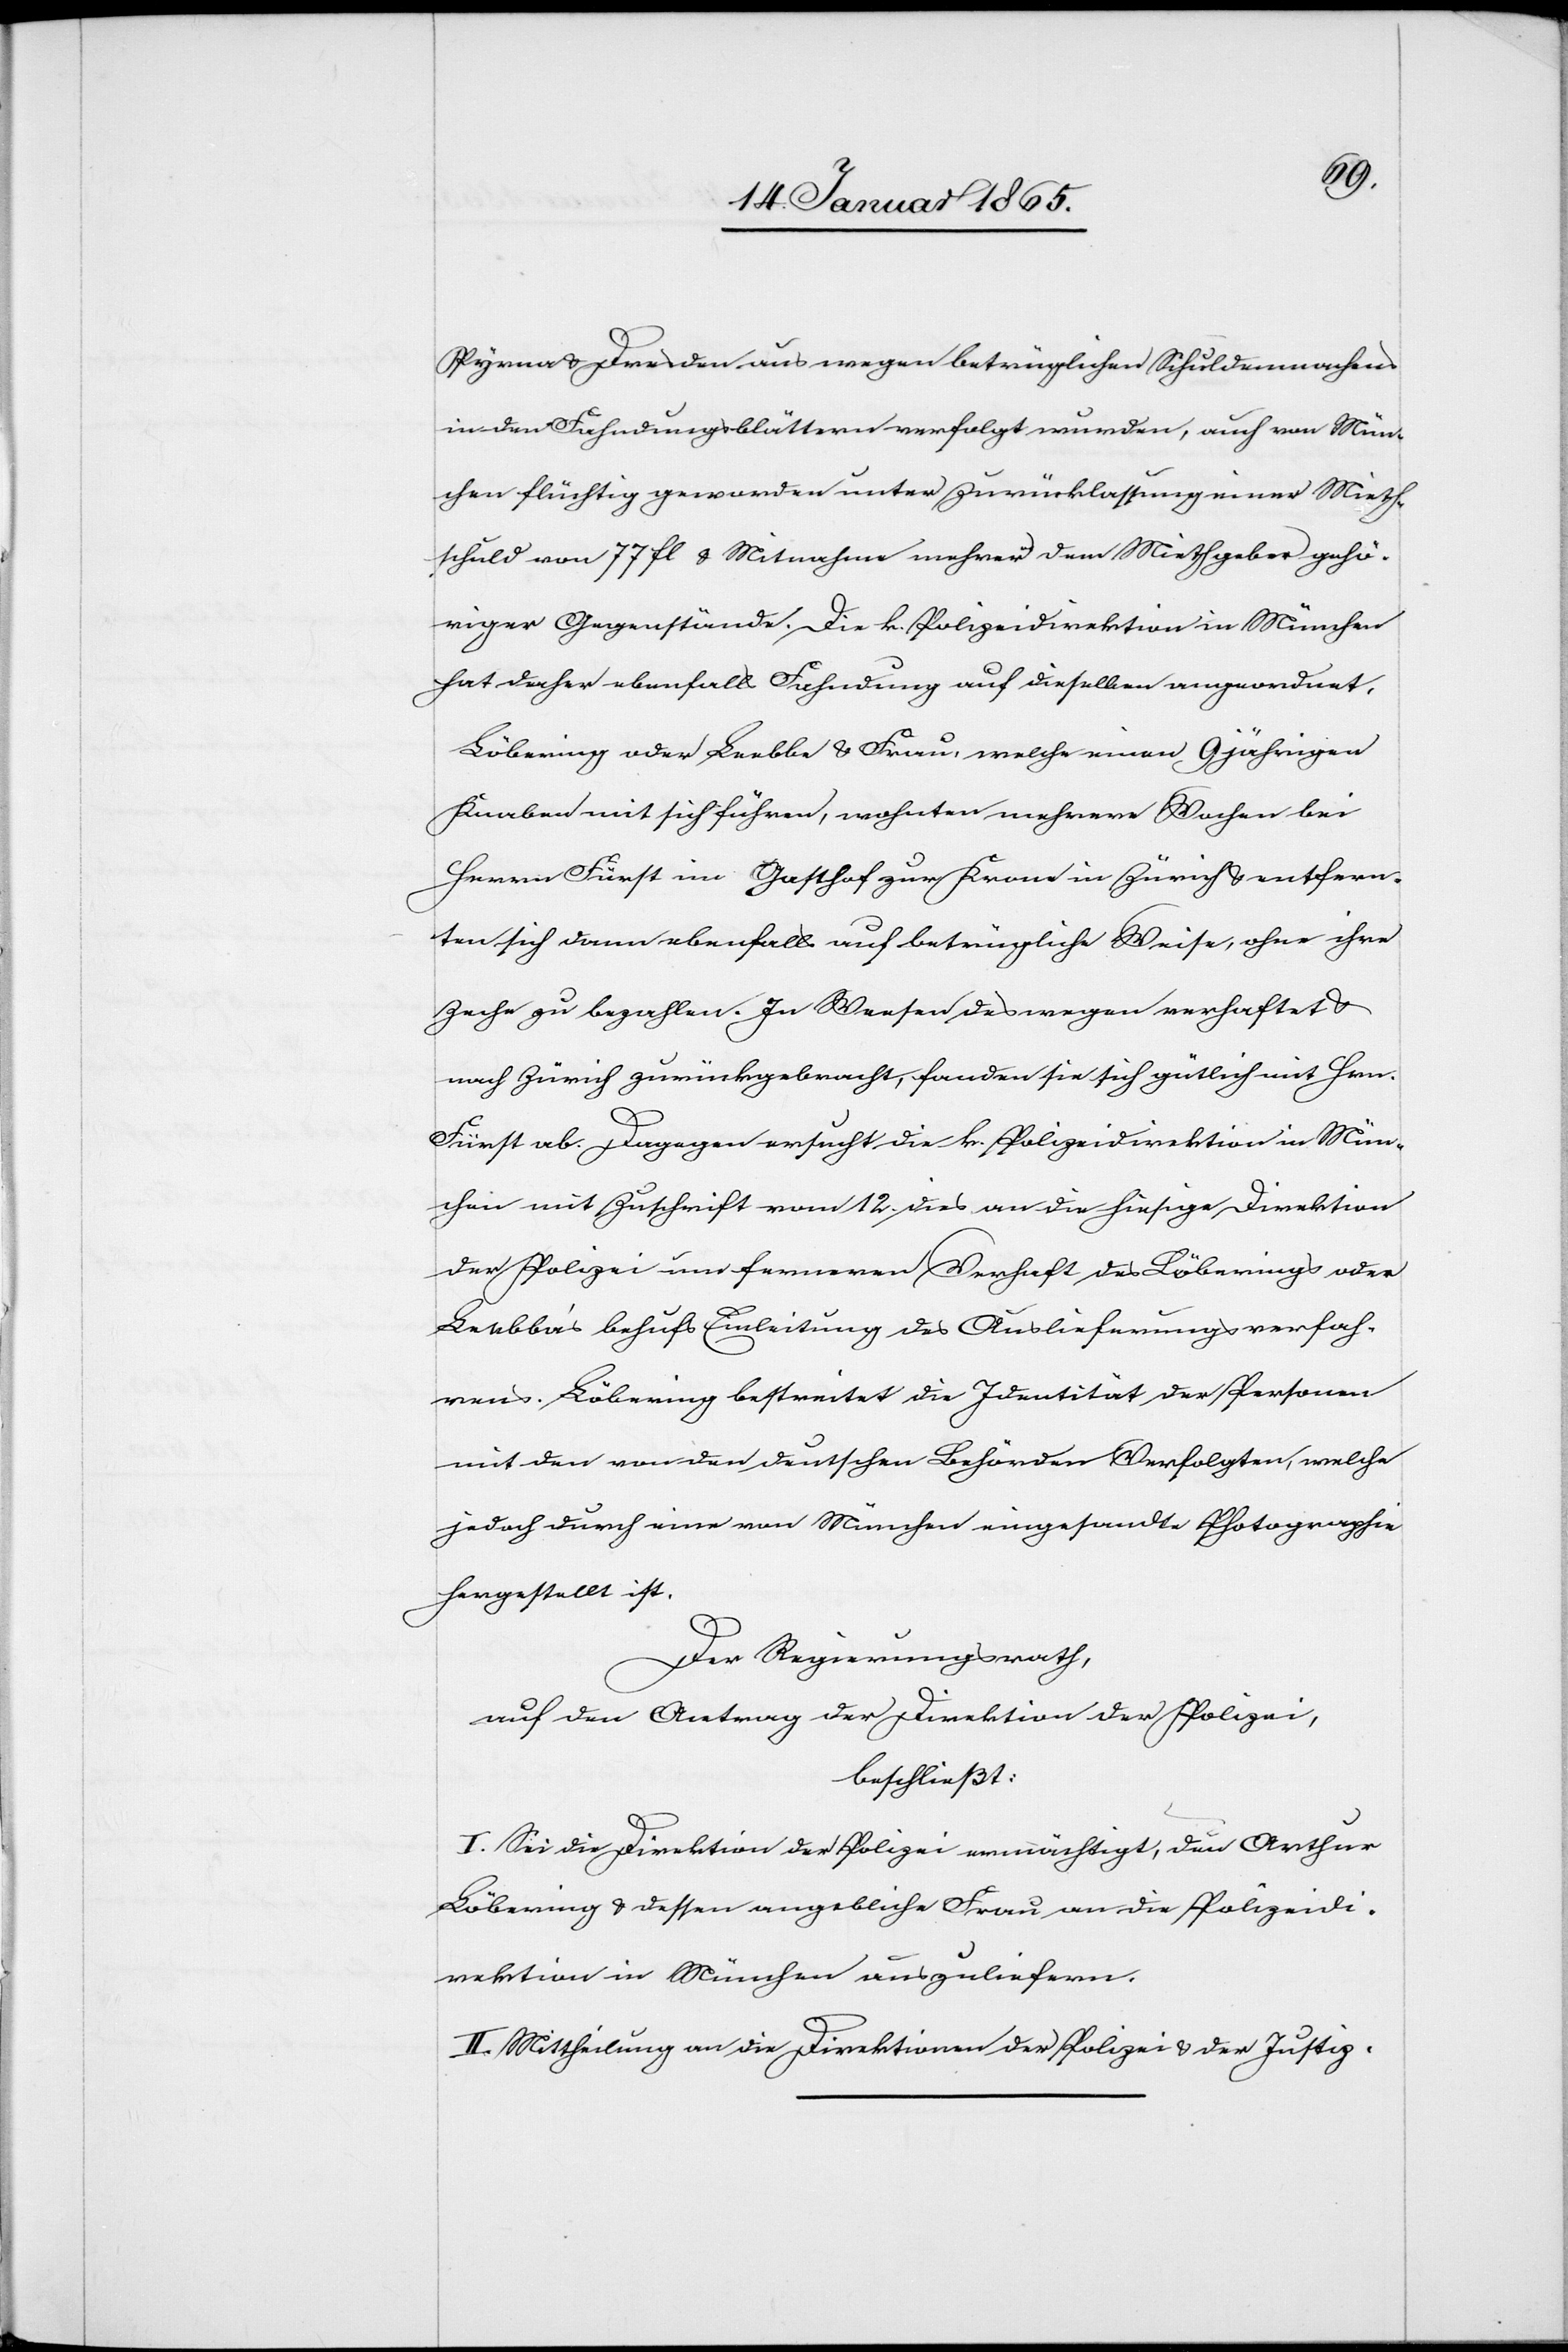
Pyrna u. Dresden aus wegen betrüglichen Schuldenmachens
in den Fahndungsblättern verfolgt wurden, auch von Mün¬
chen flüchtig geworden unter Zurücklassung einer Mieth¬
schuld von 77 fl u. Mitnahme mehrerer dem Miethgeber gehö¬
riger Gegenstände. Die k. Polizeidirektion in München
hat daher ebenfalls Fahndung auf dieselben angeordnet,
Löbering oder Leebbe [sic!] u. Frau, welche einen 9 jährigen
Knaben mit sich führen, wohnten mehrere Wochen bei
Herrn Fürst im Gasthof zur Krone in Zürich u. entfern¬
ten sich dann ebenfalls auf betrügliche Weise, ohne ihre
Zeche zu bezahlen. In Weesen deswegen verhaftet u.
nach Zürich zurückgebracht, fanden sie sich gütlich mit Hrn.
Fürst ab. Dagegen ersucht die k. Polizeidirektion in Mün¬
chen mit Zuschrift vom 12. des an die hiesige Direktion
der Polizei um fernerern Verhaft des Löberings oder
Leebba’s behufs Einleitung des Auslieferungsverfah¬
rens. Löbering bestreitet die Identität der Personen
mit den von den deutschen Behörden Verfolgten, welche
jedoch durch eine von München eingesandte Photographie
hergestellt ist.
Der Regierungsrath,
auf den Antrag der Direktion der Polizei,
beschließt:
I. Sei die Direktion der Polizei ermächtigt, den Arthur
Löbering u. dessen angebliche Frau an die Polizeidi¬
rektion in München auszuliefern.
II. Mittheilung an die Direktion der Polizei u. der Justiz.